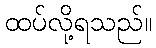
ထပ်လို့ရသည်။